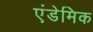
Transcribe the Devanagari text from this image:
एंडेमिक